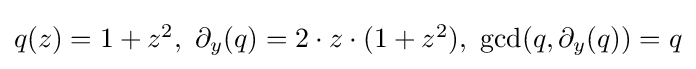
{\textstyle q(z)=1+z^{2},\ \partial _{y}(q)=2\cdot z\cdot (1+z^{2}),\ \gcd(q,\partial _{y}(q))=q}